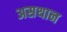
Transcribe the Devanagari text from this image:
असथान